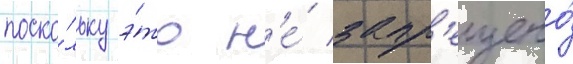
поско́льку э́то н'е́ запр'ещено́